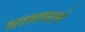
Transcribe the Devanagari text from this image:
वासवाले